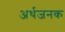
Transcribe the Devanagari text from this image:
अर्थजनक